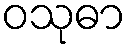
ဝသုဓာ